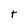
Character: t